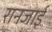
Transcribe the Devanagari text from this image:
रानजाई